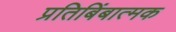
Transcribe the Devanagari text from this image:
प्रतिबिंबात्मक